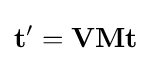
\mathbf {t} '=\mathbf {V} \mathbf {M} \mathbf {t}